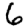
Digit: 6